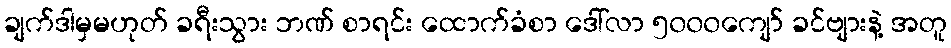
ချက်ဒါမှမဟုတ် ခရီးသွား ဘဏ် စာရင်း ထောက်ခံစာ ဒေါ်လာ ၅၀၀၀ကျော် ခင်ဗျားနဲ့ အတူ